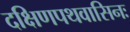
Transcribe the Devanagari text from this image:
दक्षिणपथवासिनः